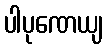
ပါပုဏေယျ